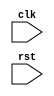
module behavioral_modeling_block (
    input wire clk,
    input wire rst,
    // other input/output ports
    
);

always @ (posedge clk or negedge rst) begin
    // Behavioral modeling code here
end

endmodule